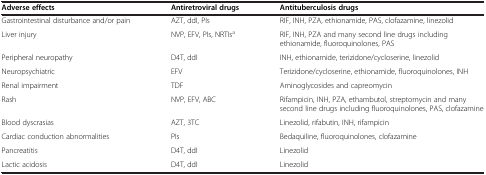
<table><thead><tr><td><b>Adverse effects</b></td><td><b>Antiretroviral drugs</b></td><td><b>Antituberculosis drugs</b></td></tr></thead><tbody><tr><td>Gastrointestinal disturbance and/or pain</td><td>AZT, ddI, PIs</td><td>RIF, INH, PZA, ethionamide, PAS, clofazamine, linezolid</td></tr><tr><td>Liver injury</td><td>NVP, EFV, PIs, NRTIs<sup>a</sup></td><td>RIF, INH, PZA and many second line drugs including ethionamide, fluoroquinolones, PAS</td></tr><tr><td>Peripheral neuropathy</td><td>D4T, ddI</td><td>INH, ethionamide, terizidone/cycloserine, linezolid</td></tr><tr><td>Neuropsychiatric</td><td>EFV</td><td>Terizidone/cycloserine, ethionamide, fluoroquinolones, INH</td></tr><tr><td>Renal impairment</td><td>TDF</td><td>Aminoglycosides and capreomycin</td></tr><tr><td>Rash</td><td>NVP, EFV, ABC</td><td>Rifampicin, INH, PZA, ethambutol, streptomycin and many second line drugs including fluoroquinolones, PAS, clofazamine</td></tr><tr><td>Blood dyscrasias</td><td>AZT, 3TC</td><td>Linezolid, rifabutin, INH, rifampicin</td></tr><tr><td>Cardiac conduction abnormalities</td><td>PIs</td><td>Bedaquiline, fluoroquinolones, clofazamine</td></tr><tr><td>Pancreatitis</td><td>D4T, ddI</td><td>Linezolid</td></tr><tr><td>Lactic acidosis</td><td>D4T, ddI</td><td>Linezolid</td></tr></tbody></table>